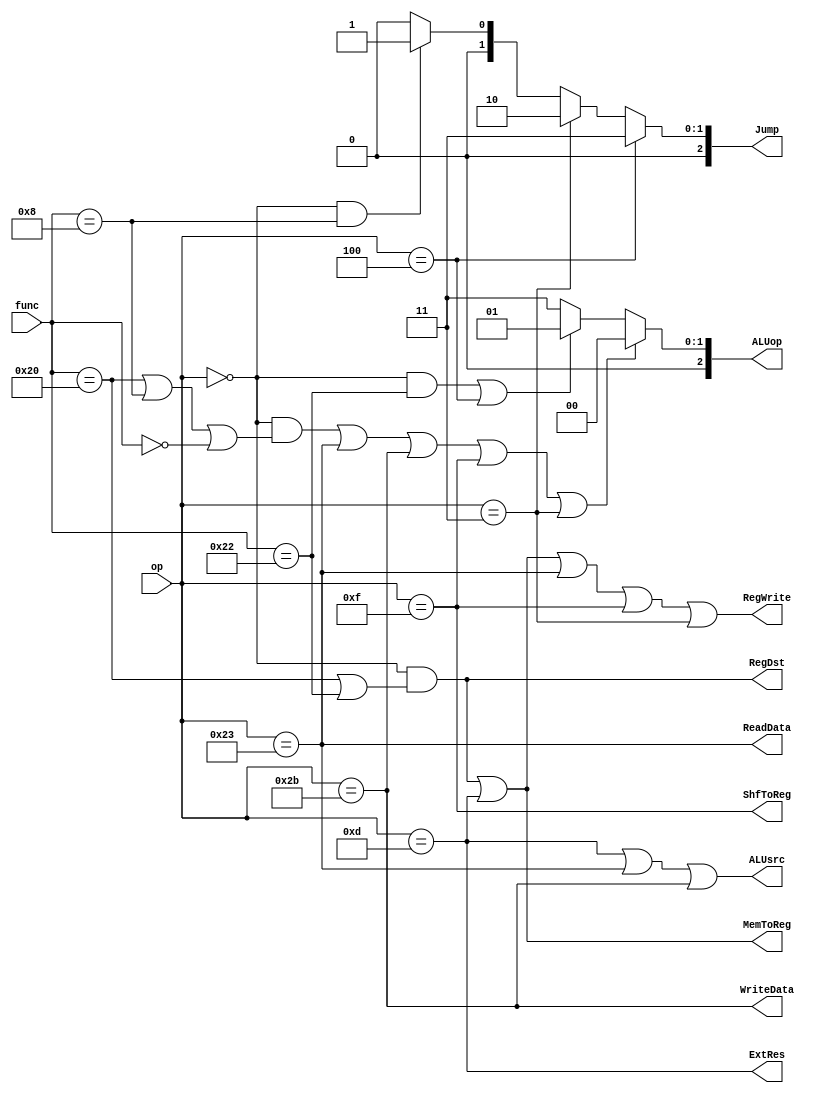
`define R 6'b000000
`define ADD 6'b100000
`define SUB 6'b100010
`define JR 6'b001000
`define NOP 6'b000000

`define ORI 6'b001101
`define LW 6'b100011
`define SW 6'b101011
`define BEQ 6'b000100
`define LUI 6'b001111
`define JAL 6'b000011
module CtrlUnit(
    input [5:0] op,
    input [5:0] func,
    output ReadData,
    output WriteData,
    output MemToReg,
    output RegDst, 
    output ALUsrc, 
    output ShfToReg, 
    output RegWrite, 
    output [2:0] ALUop,
    output ExtRes,
    output [2:0] Jump
);
    assign RegDst = (op == `R && (func == `ADD || func == `SUB));
    
    assign ALUsrc = (op == `ORI || op == `LW || op == `SW);
    
    assign ALUop = ((op == `R && (func == `ADD || func == `JR || func == `NOP)) || op == `LW || op == `SW || op == `LUI || op == `JAL) ? 3'b000 :
                   ((op == `R && (func == `SUB)) || op == `BEQ) ? 3'b001 :
                   3'b011; // ori

    assign ReadData = (op == `LW);

    assign WriteData = (op == `SW);

    assign MemToReg = ((op == `R && (func == `ADD || func == `SUB)) || op == `ORI);

    assign ShfToReg = (op == `LUI);

    assign RegWrite = ((op == `R && (func == `ADD || func == `SUB)) || op == `ORI || op == `LW || op == `LUI || op == `JAL);

    assign ExtRes = (op == `ORI);

    assign Jump = (op == `BEQ) ? 3'b011 :
                  (op == `JAL) ? 3'b010 :
                  (op == `R && func == `JR) ? 3'b001 :
                  3'b000;

    // always @(*) begin
    //     if (op == 6'b000000) begin
    //         if (func == 6'b100000) begin        // add
    //             RegDst <= 1'b1;
    //             ALUsrc <= 1'b0;
    //             ALUop <= 2'b00;
    //             PCsrc <= 1'b0;
    //             ReadData <= 1'b0; // x
    //             WriteData <= 1'b0; // x
    //             MemToReg <= 1'b1;
    //             ShfToReg <= 1'b0;
    //             RegWrite <= 1'b1;
    //             ExtRes <= 1'b0; // x
    //             Jump <= 2'b00;
    //         end
    //         else if (func == 6'b100010) begin   // sub
    //             RegDst <= 1'b1;
    //             ALUsrc <= 1'b0;
    //             ALUop <= 2'b01;
    //             PCsrc <= 1'b0;
    //             ReadData <= 1'b0; // x
    //             WriteData <= 1'b0; // x
    //             MemToReg <= 1'b1;
    //             ShfToReg <= 1'b0;
    //             RegWrite <= 1'b1;
    //             ExtRes <= 1'b0; // x
    //             Jump <= 2'b0;
    //         end
    //         else if (func == 6'b001000) begin   // jr (GPR[rs] -> PC)
    //             RegDst <= 1'b0; // x
    //             ALUsrc <= 1'b0; // x
    //             ALUop <= 2'b00; // x
    //             PCsrc <= 1'b0;  // x
    //             ReadData <= 1'b0; // x
    //             WriteData <= 1'b0; // x
    //             MemToReg <= 1'b1; // x
    //             ShfToReg <= 1'b0; // x
    //             RegWrite <= 1'b0;
    //             ExtRes <= 1'b0; // x
    //             Jump <= 2'b01;
    //         end
    //         else begin                          // nop
    //             RegDst <= 1'b0; // x
    //             ALUsrc <= 1'b0; // x
    //             ALUop <= 2'b00; // x
    //             PCsrc <= 1'b0;  // x
    //             ReadData <= 1'b0; // x
    //             WriteData <= 1'b0; // x
    //             MemToReg <= 1'b0; // x
    //             ShfToReg <= 1'b0; // x
    //             RegWrite <= 1'b0; // x
    //             ExtRes <= 1'b0; // x
    //             Jump <= 2'b00; // x
    //         end
    //     end
    //     else if (op == 6'b001101) begin         // ori
    //         RegDst <= 1'b0;
    //         ALUsrc <= 1'b1;
    //         ALUop <= 2'b11;
    //         PCsrc <= 1'b0;
    //         ReadData <= 1'b0; // x
    //         WriteData <= 1'b0; // x
    //         MemToReg <= 1'b1;
    //         ShfToReg <= 1'b0;
    //         RegWrite <= 1'b1;
    //         ExtRes <= 1'b1;
    //         Jump <= 2'b0;
    //     end
    //     else if (op == 6'b100011) begin         // lw
    //         RegDst <= 1'b0;
    //         ALUsrc <= 1'b1;
    //         ALUop <= 2'b00;
    //         PCsrc <= 1'b0;
    //         ReadData <= 1'b1;
    //         WriteData <= 1'b0; // x
    //         MemToReg <= 1'b0;
    //         ShfToReg <= 1'b0;
    //         RegWrite <= 1'b1;
    //         ExtRes <= 1'b0;
    //         Jump <= 2'b0;
    //     end
    //     else if (op == 6'b101011) begin         // sw
    //         RegDst <= 1'b0; // x
    //         ALUsrc <= 1'b1;
    //         ALUop <= 2'b00;
    //         PCsrc <= 1'b0;
    //         ReadData <= 1'b0; // x
    //         WriteData <= 1'b1;
    //         MemToReg <= 1'b1; // x
    //         ShfToReg <= 1'b0;
    //         RegWrite <= 1'b0;
    //         ExtRes <= 1'b0;
    //         Jump <= 2'b0;
    //     end
    //     else if (op == 6'b000100) begin         // beq
    //         RegDst <= 1'b0; // x
    //         ALUsrc <= 1'b0;
    //         ALUop <= 2'b01;
    //         PCsrc <= 1'b1;
    //         ReadData <= 1'b0; // x
    //         WriteData <= 1'b0; // x
    //         MemToReg <= 1'b0; // x
    //         ShfToReg <= 1'b0; // x
    //         RegWrite <= 1'b0;
    //         ExtRes <= 1'b0;
    //         Jump <= 2'b0;
    //     end
    //     else if (op == 6'b001111) begin         // lui
    //         RegDst <= 1'b0;
    //         ALUsrc <= 1'b0; // x
    //         ALUop <= 2'b00; // xx
    //         PCsrc <= 1'b0;
    //         ReadData <= 1'b0; // x
    //         WriteData <= 1'b0; // x
    //         MemToReg <= 1'b0; // x
    //         ShfToReg <= 1'b1;
    //         RegWrite <= 1'b1;
    //         ExtRes <= 1'b0; // x
    //         Jump <= 2'b0;
    //     end
    //     else if (op == 6'b000011) begin         // jal (PC + 8 -> $31, PC <= {PC[31:28], 26addr, 00})
    //         RegDst <= 1'b0; // must be zero!
    //         ALUsrc <= 1'b0;
    //         ALUop <= 2'b00; // x
    //         PCsrc <= 1'b0;
    //         ReadData <= 1'b0; // x
    //         WriteData <= 1'b0; // x
    //         MemToReg <= 1'b0;
    //         ShfToReg <= 1'b0;
    //         RegWrite <= 1'b1;
    //         ExtRes <= 1'b0; // x
    //         Jump <= 2'b10;
    //     end
    //     else begin

    //     end
    // end
endmodule //CtrlUnit